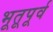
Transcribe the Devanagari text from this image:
भूतूपूर्व